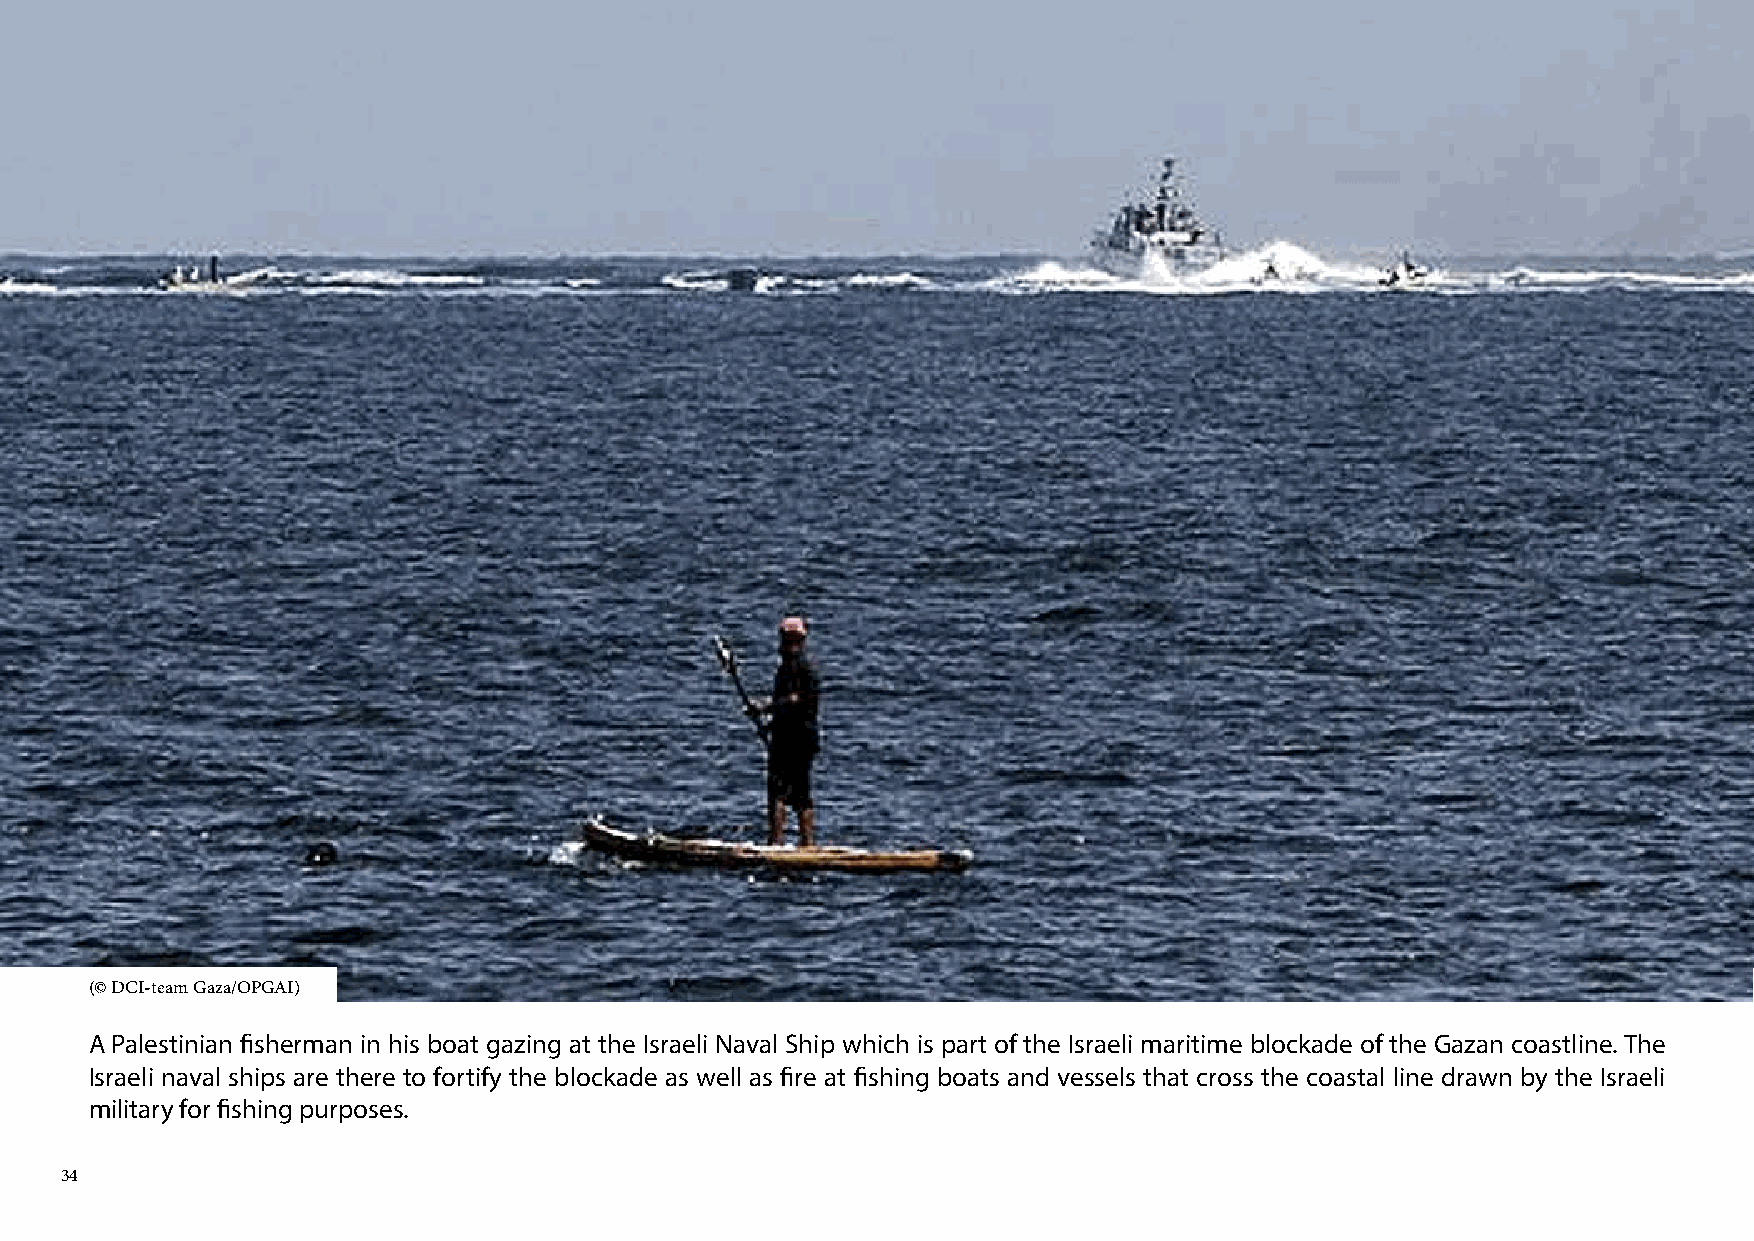
(© DCI-team Gaza/OPGAI)
 A Palestinian fisherman in his boat gazing at the Israeli Naval Ship which is part of the Israeli maritime blockade of the Gazan coastline. The
 Israeli naval ships are there to fortify the blockade as well as fire at fishing boats and vessels that cross the coastal line drawn by the Israeli
 military for fishing purposes.
 34